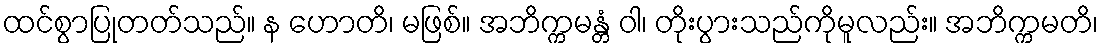
ထင်စွာပြုတတ်သည်။ န ဟောတိ၊ မဖြစ်။ အဘိက္ကမန္တံ ဝါ၊ တိုးပွားသည်ကိုမူလည်း။ အဘိက္ကမတိ၊